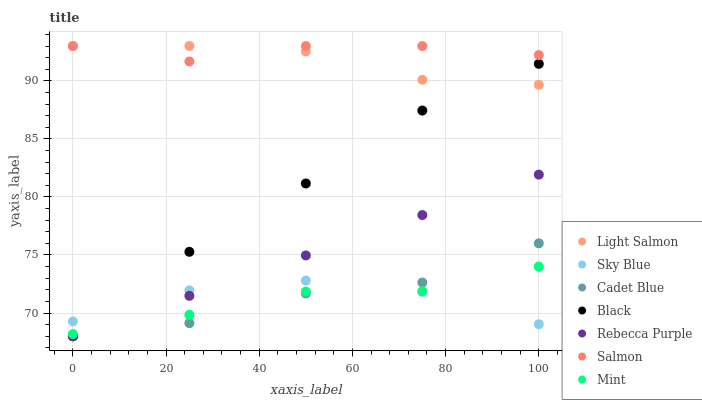
| xaxis_label | Light Salmon | Sky Blue | Cadet Blue | Black | Rebecca Purple | Salmon | Mint |
 | --- | --- | --- | --- | --- | --- | --- | --- |
 | 0 | 93 | 69.3 | 68 | 68 | 68 | 93 | 68.2 |
 | 25 | 93 | 71.9 | 69.1 | 75.3 | 71.5 | 91.7 | 69.8 |
 | 50 | 92.5 | 72.8 | 71.7 | 81.2 | 75 | 93 | 71.8 |
 | 75 | 90.1 | 71.8 | 72.6 | 87.4 | 78.4 | 93 | 71.9 |
 | 100 | 89.7 | 69 | 76 | 91.5 | 81.9 | 92.2 | 74 |